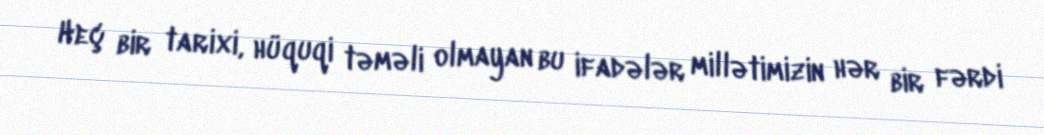
Heç bir tarixi, hüquqi təməli olmayan bu ifadələr millətimizin hər bir fərdi